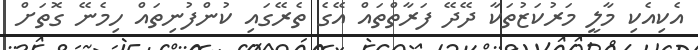
އެކިއެކި މާލީ މަރުކަޒުތަކާ ދޭދޭ ފަރާތްތައް އޭގެ ތެރޭގައި ކުންފުނިތައް ހިމެނޭ ގޮތަށް